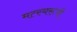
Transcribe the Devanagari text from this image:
मत्स्यरूपी